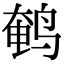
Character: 鹌